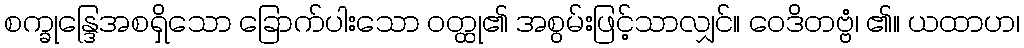
စက္ခုန္ဒြေအစရှိသော ခြောက်ပါးသော ဝတ္ထု၏ အစွမ်းဖြင့်သာလျှင်။ ဝေဒိတဗ္ဗံ၊ ၏။ ယထာဟ၊